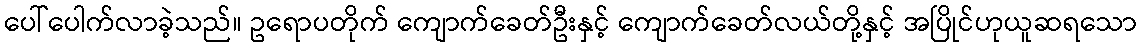
ပေါ်ပေါက်လာခဲ့သည်။ ဥရောပတိုက် ကျောက်ခေတ်ဦးနှင့် ကျောက်ခေတ်လယ်တို့နှင့် အပြိုင်ဟုယူဆရသော